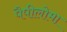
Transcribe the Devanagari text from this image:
पैपीलोमा